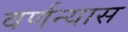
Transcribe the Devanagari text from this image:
वर्णन्यास